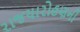
રાજયારોહણની